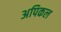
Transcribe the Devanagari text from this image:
अपिकल